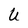
Character: U